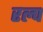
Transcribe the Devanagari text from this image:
रल्प